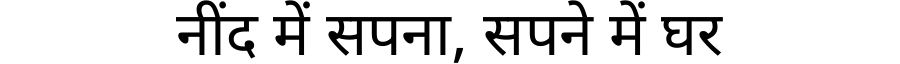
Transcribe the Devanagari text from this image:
नींद में सपना, सपने में घर